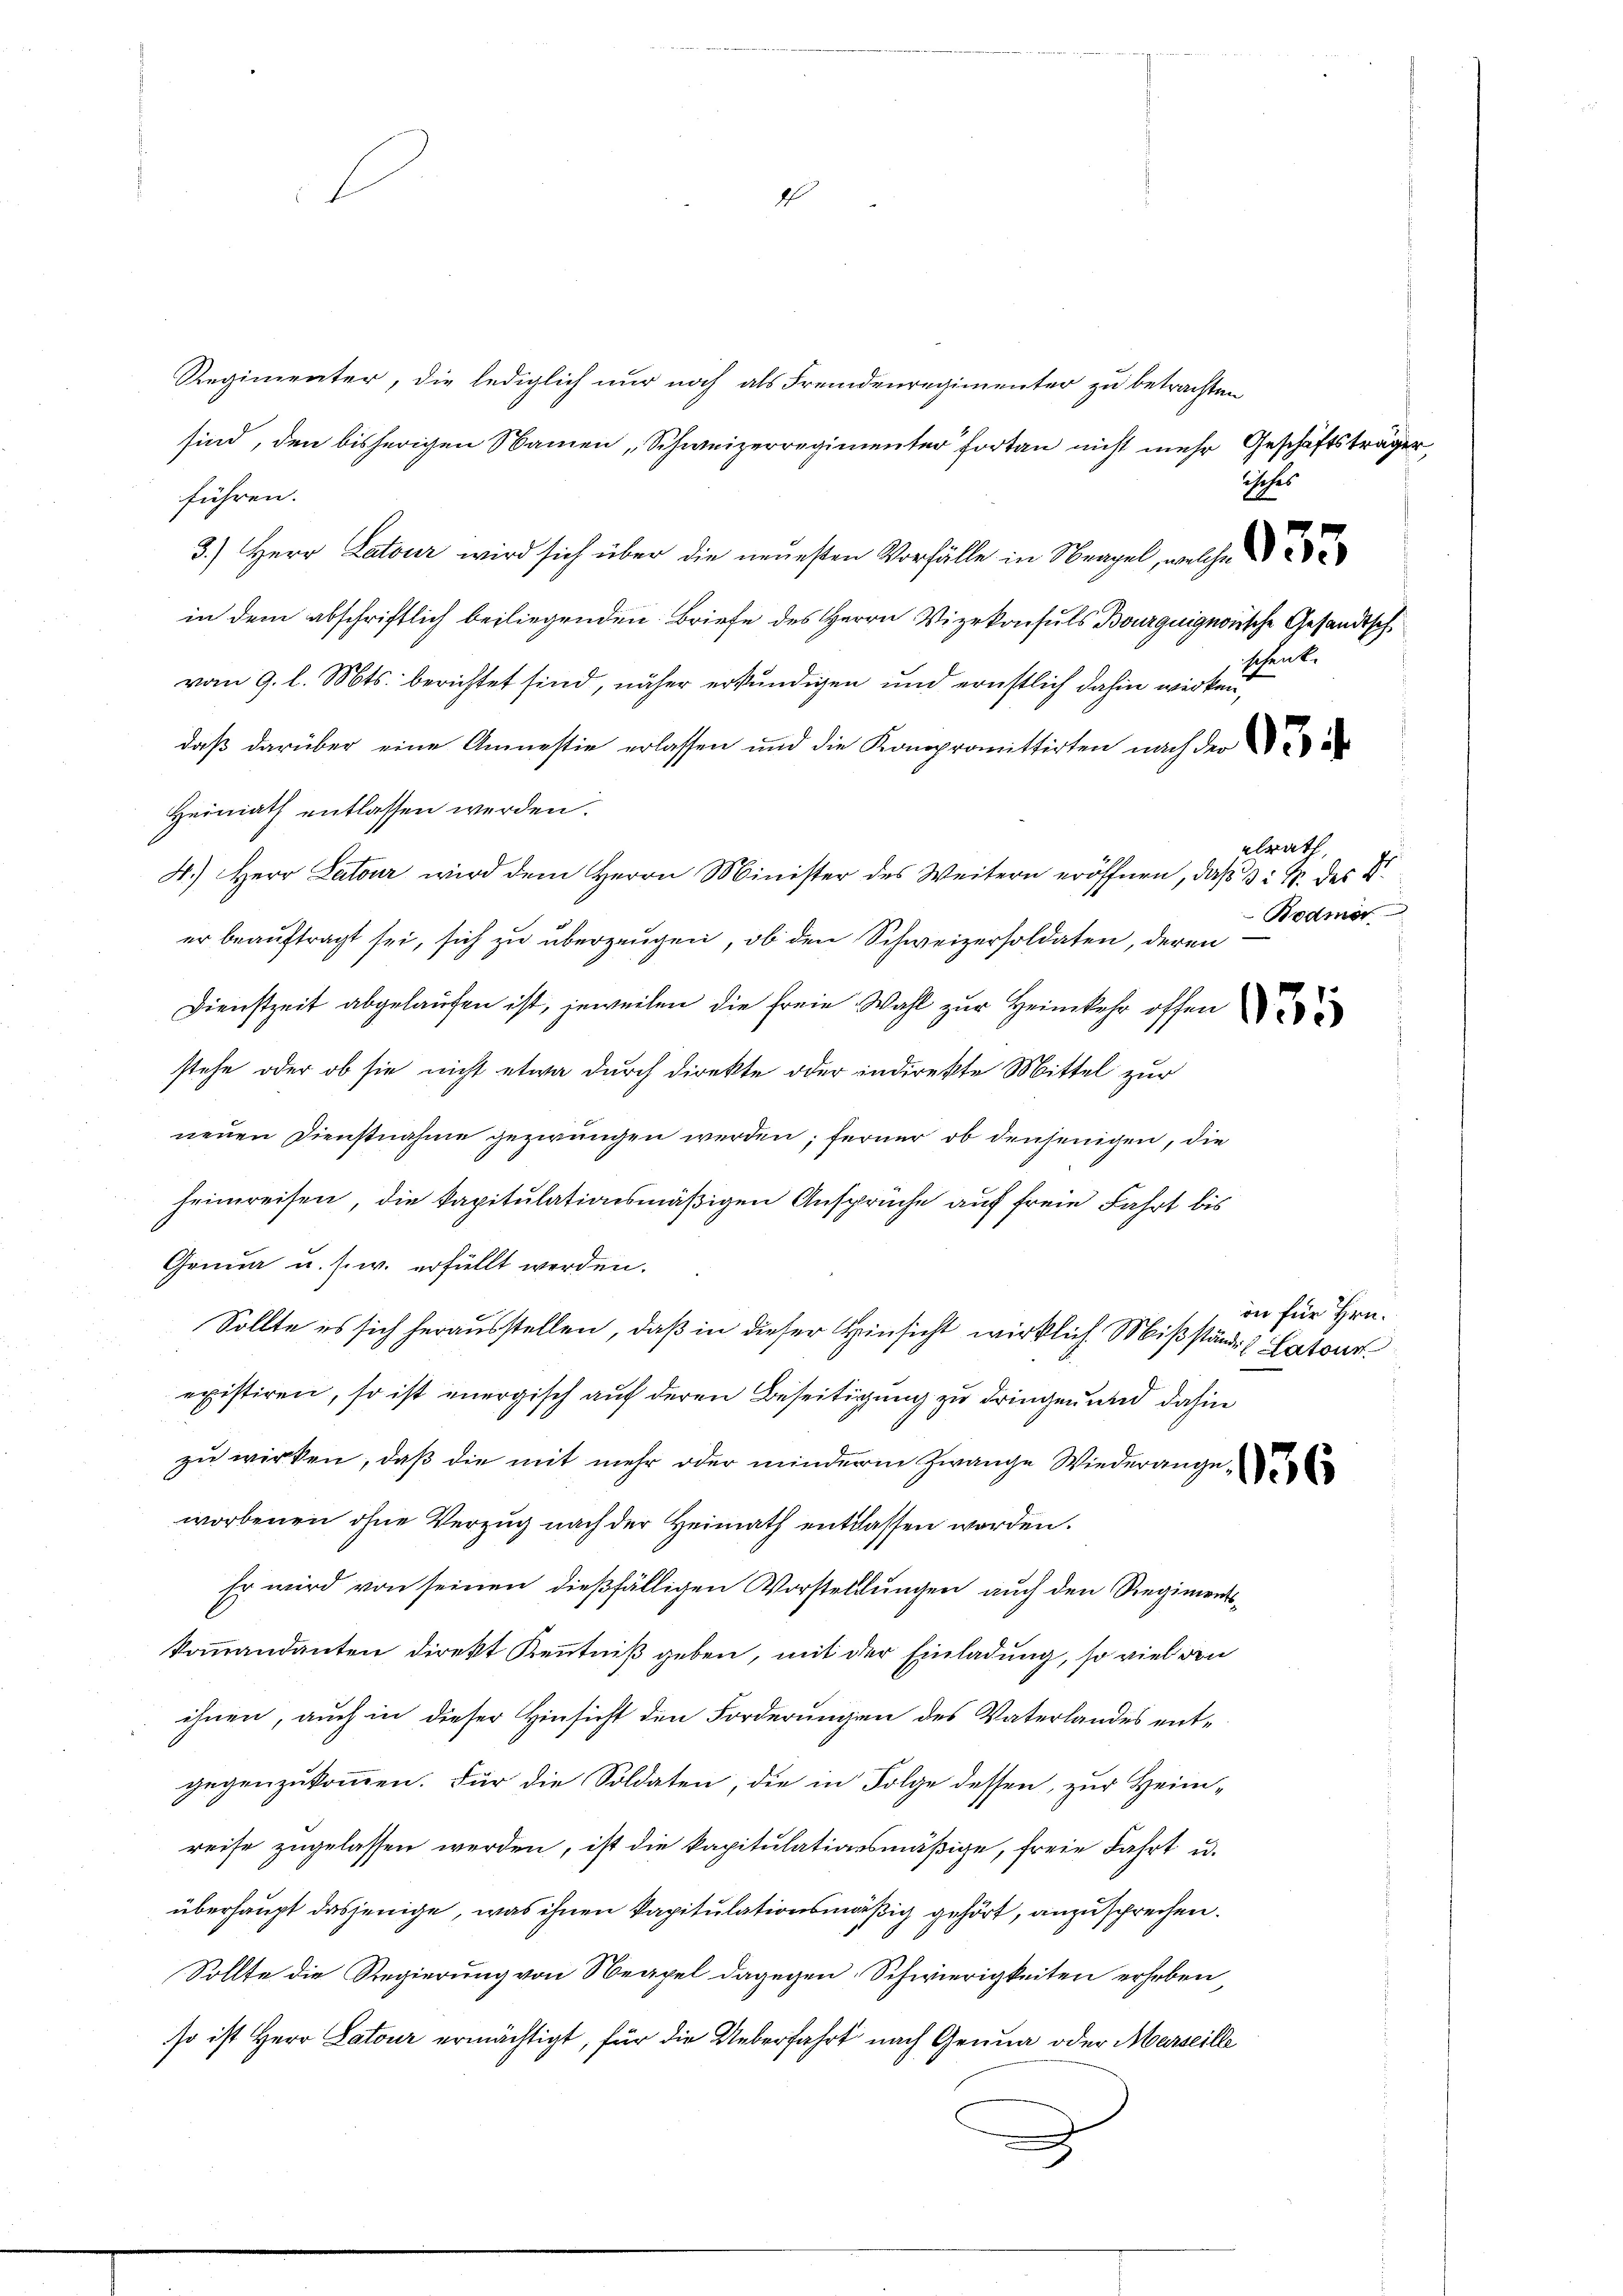
4

Regimenter, die lediglich nur noch als Fremdenregimenter zu betrachten
sind, den bisherigen Namen „Schweizerregimenter fortan nicht mehr Geschäftsträger,
führen.
3.) Herr Latour wird sich über die neuesten Vorfälle in Nagel, welche
in dem abschriftlich beiliegenden Briefe des Herrn Vizekonsuls Bourguignorische Gesandtsch
vom 9. l. Mts. berichtet sind, näher erstündigen und ernstlich dahin wirken
daß darüber eine Amnestie erlassen und die Kompromittirten nach der
Heimath entlassen werden.
4.) Herr Latour wird dem Herrn Minister des Weitern eröffnen, daß 3 : 1. des B
er beaŭftragt sei, sich zu überzeugen, ob den Schweizersoldaten, deren
Dienstzeit abgelaufen ist, jeweilen die freie Wahl zur Heimkehr offen
stehe oder ob sie nicht etwa durch direkte oder indirekte Mittel zur
neuen Dienstnahme gezwungen werden; ferner ob denjenigen, die
heimreisen, die kapitulationsmäßigen Ansprüche auf freie Fahrt bis
Genua u. s. w. erfüllt werden.
Sollte es sich herausstellen, daß in dieser Hinsicht wirklich Mißstände Later
existiren, so ist energisch auf deren Beseitigung zu dringen und dahin
zu wirken, daß die mit mehr oder minderem Zwange Wiederangeworbenen ohne Verzug nach der Heimath entlassen worden.
Er wird von seinen dießfälligen Vorstellungen auch den Regimentskoṁandanten direkt Keṅtniβ geben, mit der Einladung, so viel den
ihnen, auch in dieser Hinsicht den Forderungen des Vaterlandes entgegenzukommen. Für die Soldaten, die in Folge dessen, zur Heimreise zugelassen werden, ist die kapitulationsmäßige, freie Fahrt u.
überhaupt dasjenige, was ihnen kapitulationsmäßig gehört, anzusprechen.
Sollte die Regierung von Neapel dagegen Schwierigkeiten erhoben,
so ist Herr Latour ermächtigt, für die Ueberfahrt nach Genua oder Marseille

isches

cent

lrath
Bodmer

on für Hrn.